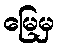
မြေမှ